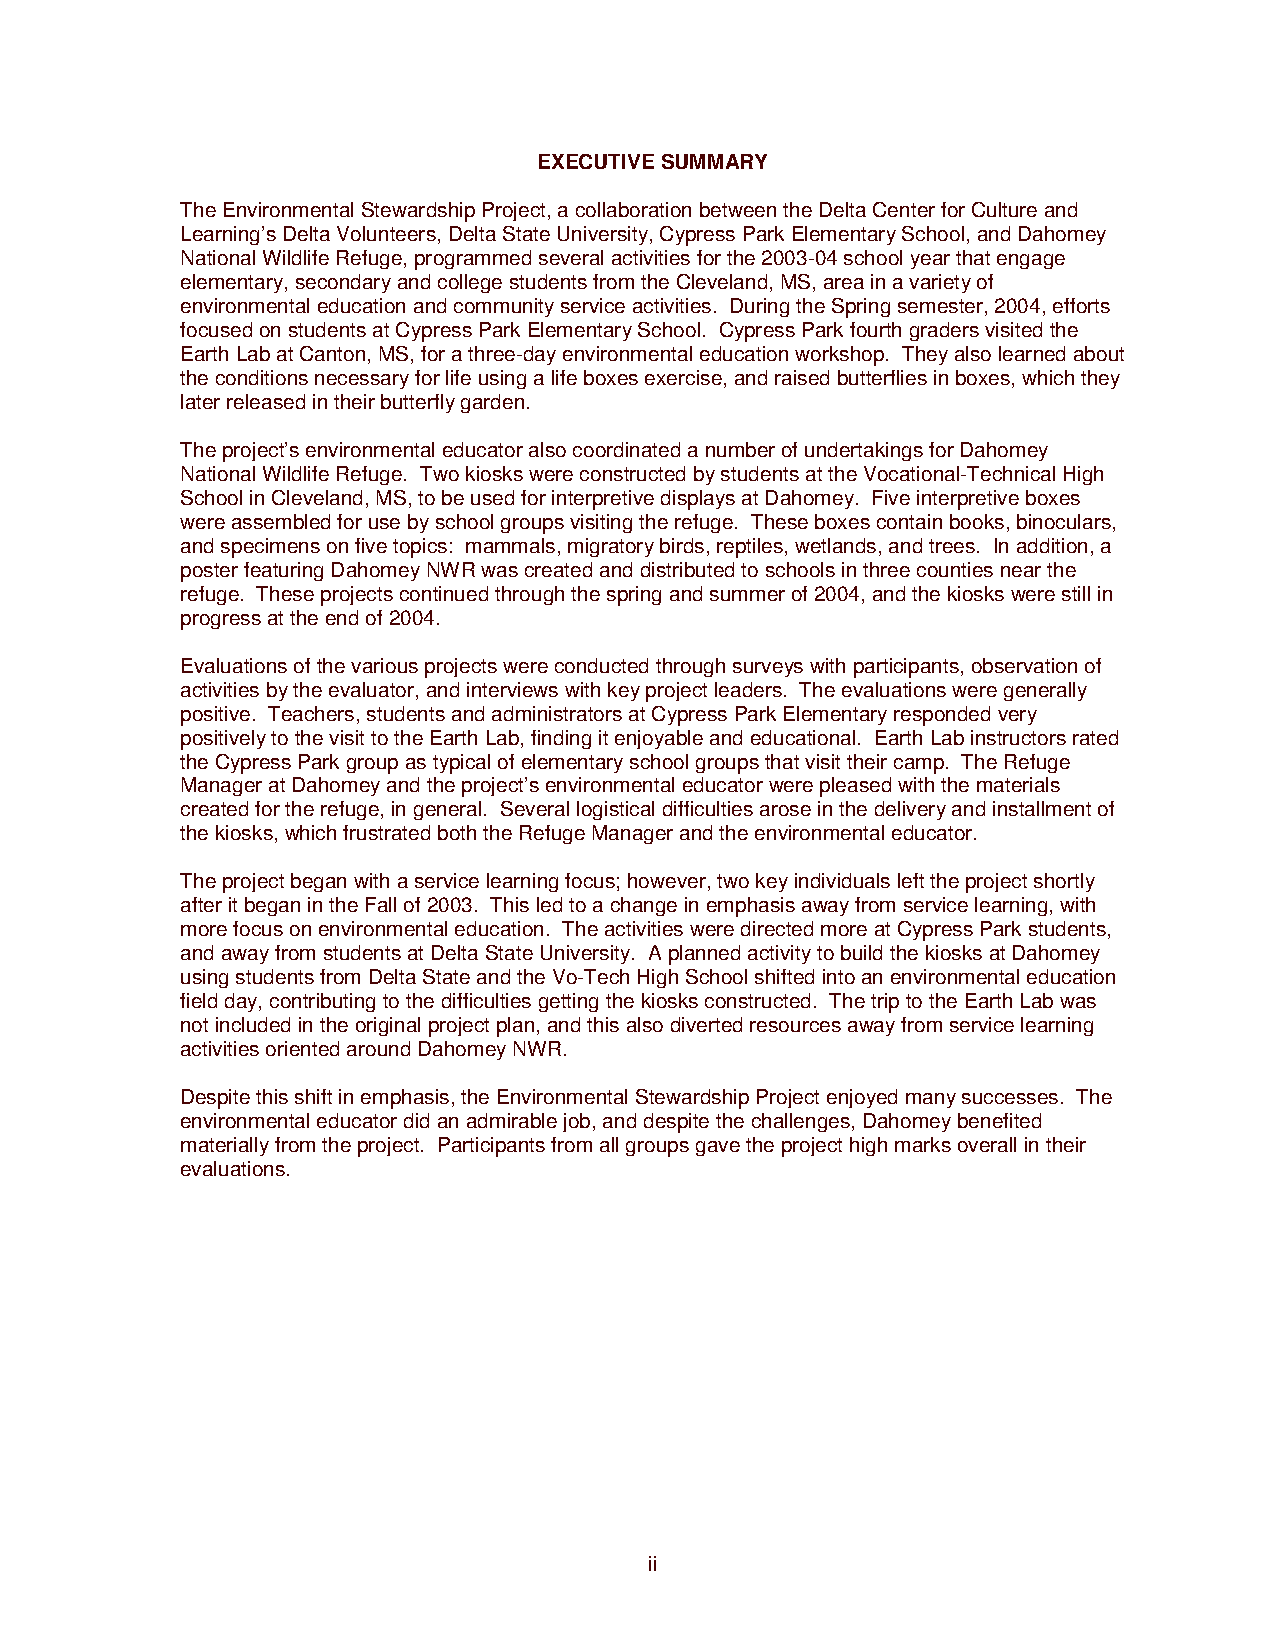
EXECUTIVE SUMMARY
 The Environmental Stewardship Project, a collaboration between the Delta Center for Culture and
 Learning’s Delta Volunteers, Delta State University, Cypress Park Elementary School, and Dahomey
 National Wildlife Refuge, programmed several activities for the 2003-04 school year that engage
 elementary, secondary and college students from the Cleveland, MS, area in a variety of
 environmental education and community service activities. During the Spring semester, 2004, efforts
 focused on students at Cypress Park Elementary School. Cypress Park fourth graders visited the
 Earth Lab at Canton, MS, for a three-day environmental education workshop. They also learned about
 the conditions necessary for life using a life boxes exercise, and raised butterflies in boxes, which they
 later released in their butterfly garden.
 The project’s environmental educator also coordinated a number of undertakings for Dahomey
 National Wildlife Refuge. Two kiosks were constructed by students at the Vocational-Technical High
 School in Cleveland, MS, to be used for interpretive displays at Dahomey. Five interpretive boxes
 were assembled for use by school groups visiting the refuge. These boxes contain books, binoculars,
 and specimens on five topics: mammals, migratory birds, reptiles, wetlands, and trees. In addition, a
 poster featuring Dahomey NWR was created and distributed to schools in three counties near the
 refuge. These projects continued through the spring and summer of 2004, and the kiosks were still in
 progress at the end of 2004.
 Evaluations of the various projects were conducted through surveys with participants, observation of
 activities by the evaluator, and interviews with key project leaders. The evaluations were generally
 positive. Teachers, students and administrators at Cypress Park Elementary responded very
 positively to the visit to the Earth Lab, finding it enjoyable and educational. Earth Lab instructors rated
 the Cypress Park group as typical of elementary school groups that visit their camp. The Refuge
 Manager at Dahomey and the project’s environmental educator were pleased with the materials
 created for the refuge, in general. Several logistical difficulties arose in the delivery and installment of
 the kiosks, which frustrated both the Refuge Manager and the environmental educator.
 The project began with a service learning focus; however, two key individuals left the project shortly
 after it began in the Fall of 2003. This led to a change in emphasis away from service learning, with
 more focus on environmental education. The activities were directed more at Cypress Park students,
 and away from students at Delta State University. A planned activity to build the kiosks at Dahomey
 using students from Delta State and the Vo-Tech High School shifted into an environmental education
 field day, contributing to the difficulties getting the kiosks constructed. The trip to the Earth Lab was
 not included in the original project plan, and this also diverted resources away from service learning
 activities oriented around Dahomey NWR.
 Despite this shift in emphasis, the Environmental Stewardship Project enjoyed many successes. The
 environmental educator did an admirable job, and despite the challenges, Dahomey benefited
 materially from the project. Participants from all groups gave the project high marks overall in their
 evaluations.
 ii